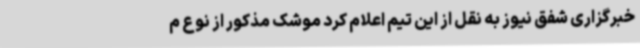
خبرگزاری شفق نیوز به نقل از این تیم اعلام کرد موشک مذکور از نوع م